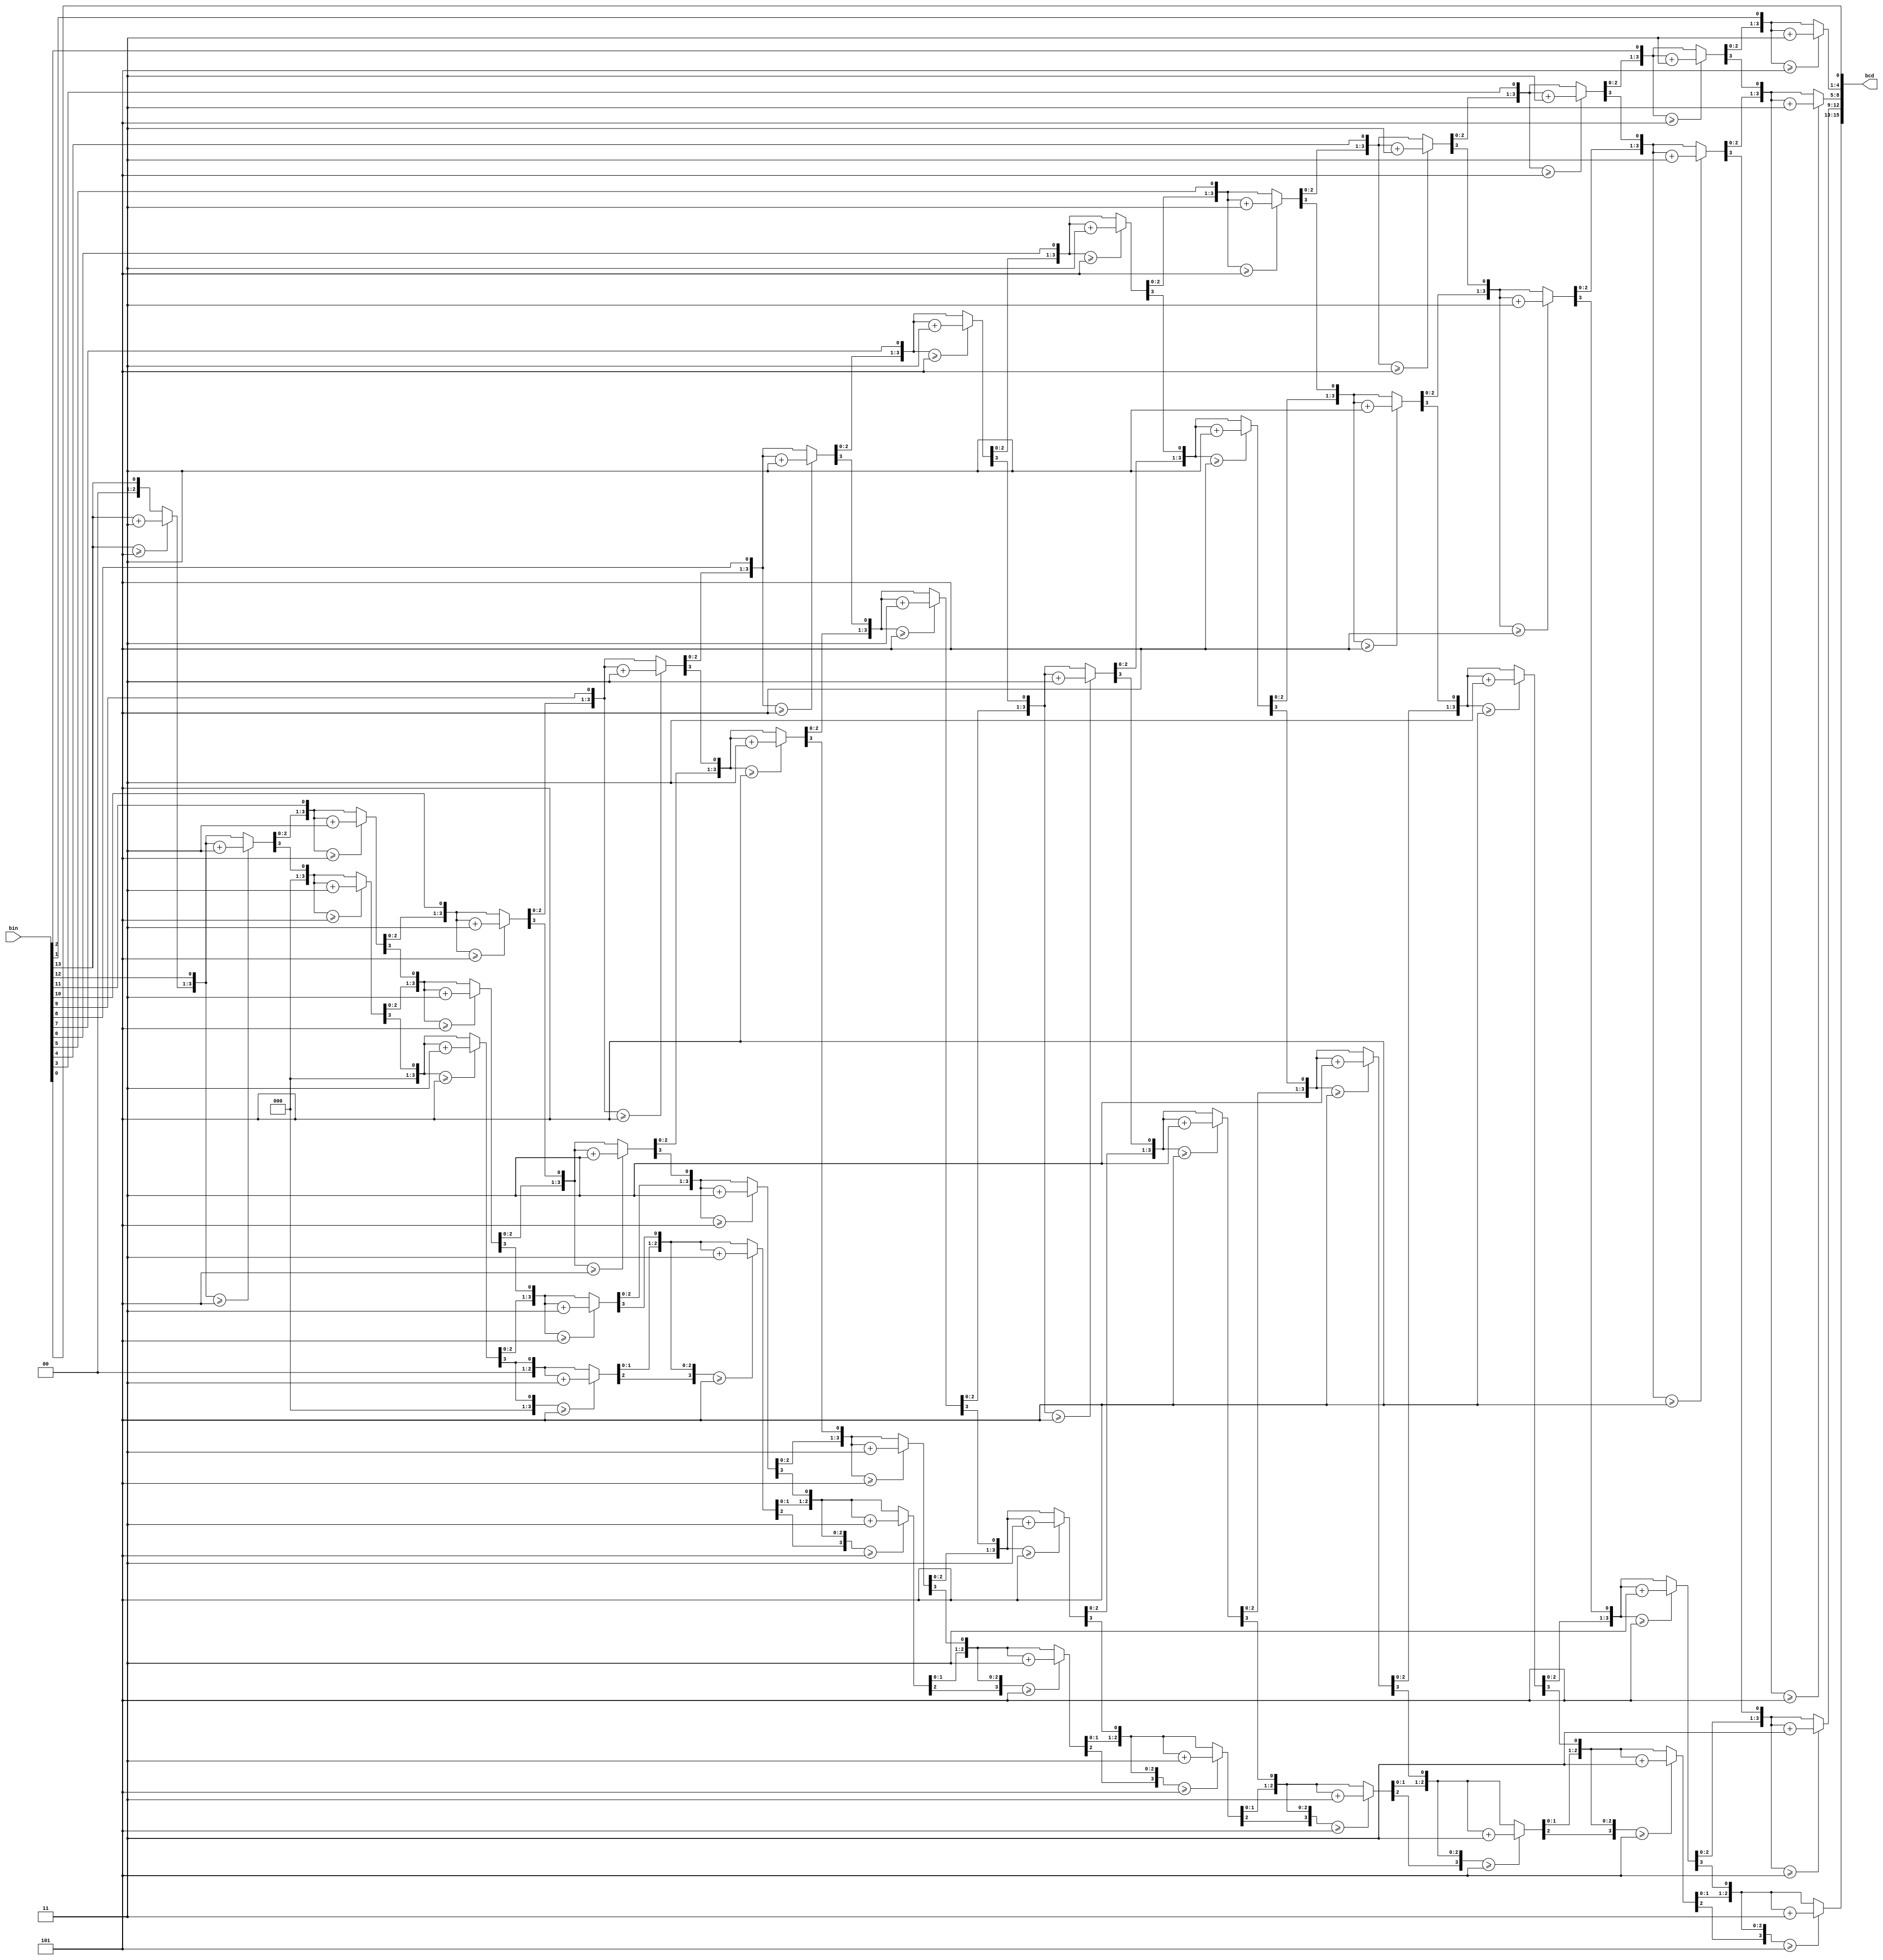
`timescale 1ns / 1ps
// vin_to_bcd.v
// Binary to BCD converter


module bin_to_bcd(
    input [13:0] bin,
    output reg [15:0] bcd
);

    integer i;

    always @(bin) begin
        bcd = 0;
        for (i = 0; i < 14; i=i+1) begin
            if (bcd[3:0] >= 5) bcd[3:0] = bcd[3:0] + 3;
            if (bcd[7:4] >= 5) bcd[7:4] = bcd[7:4] + 3;
            if (bcd[11:8] >= 5) bcd[11:8] = bcd[11:8] + 3;
            if (bcd[15:12] >= 5) bcd[15:12] = bcd[15:12] + 3;
            bcd = {bcd[14:0], bin[13-i]};
        end
    end

endmodule